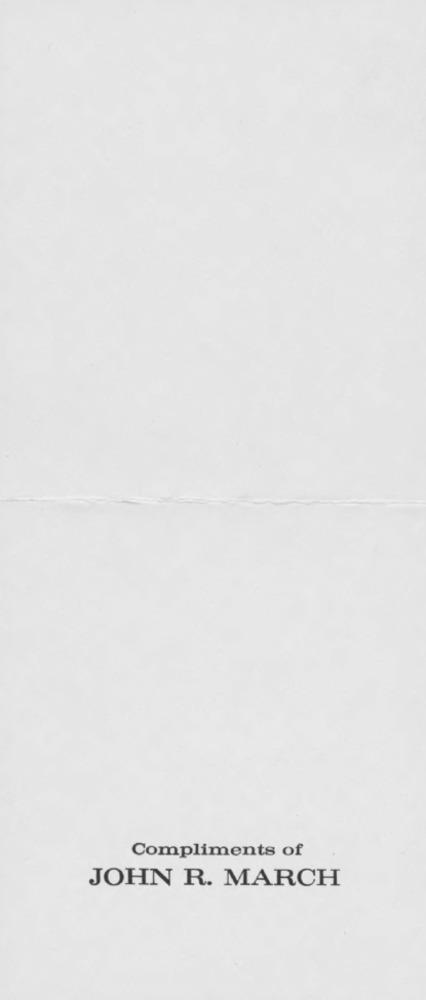
Compliments of
JOHN R. MARCH